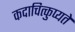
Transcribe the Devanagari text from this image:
कदाचित्कुप्यते